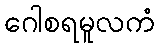
ဂေါစရမူလကံ